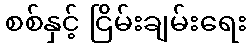
စစ်နှင့် ငြိမ်းချမ်းရေး